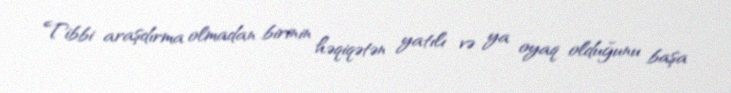
Tibbi araşdırma olmadan birinin həqiqətən yatılı və ya oyaq olduğunu başa